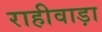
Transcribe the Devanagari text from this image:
राहीवाड़ा